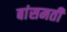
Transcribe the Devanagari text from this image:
बांसमती